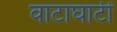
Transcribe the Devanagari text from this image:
वाटाघाटीं